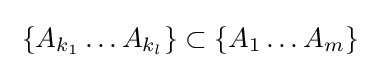
\;\{A_{k_{1}}\ldots A_{k_{l}}\}\subset \{A_{1}\ldots A_{m}\}